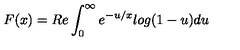
F ( x ) = R e \int _ { 0 } ^ { \infty } { e ^ { - u / x } l o g ( 1 - u ) d u }